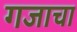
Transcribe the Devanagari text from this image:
गजाचा